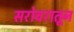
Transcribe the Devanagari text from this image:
सरोवरातून